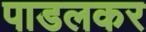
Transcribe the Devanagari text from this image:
पाडलकर